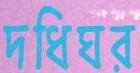
দধিঘর